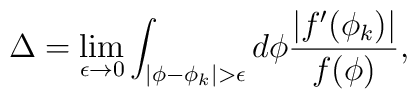
\Delta=\lim_{\epsilon\rightarrow 0}\int_{|\phi-\phi_{k}|>\epsilon}d\phi\frac{|f^{\prime}(\phi_{k})|}{f(\phi)},